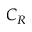
C _ { R }